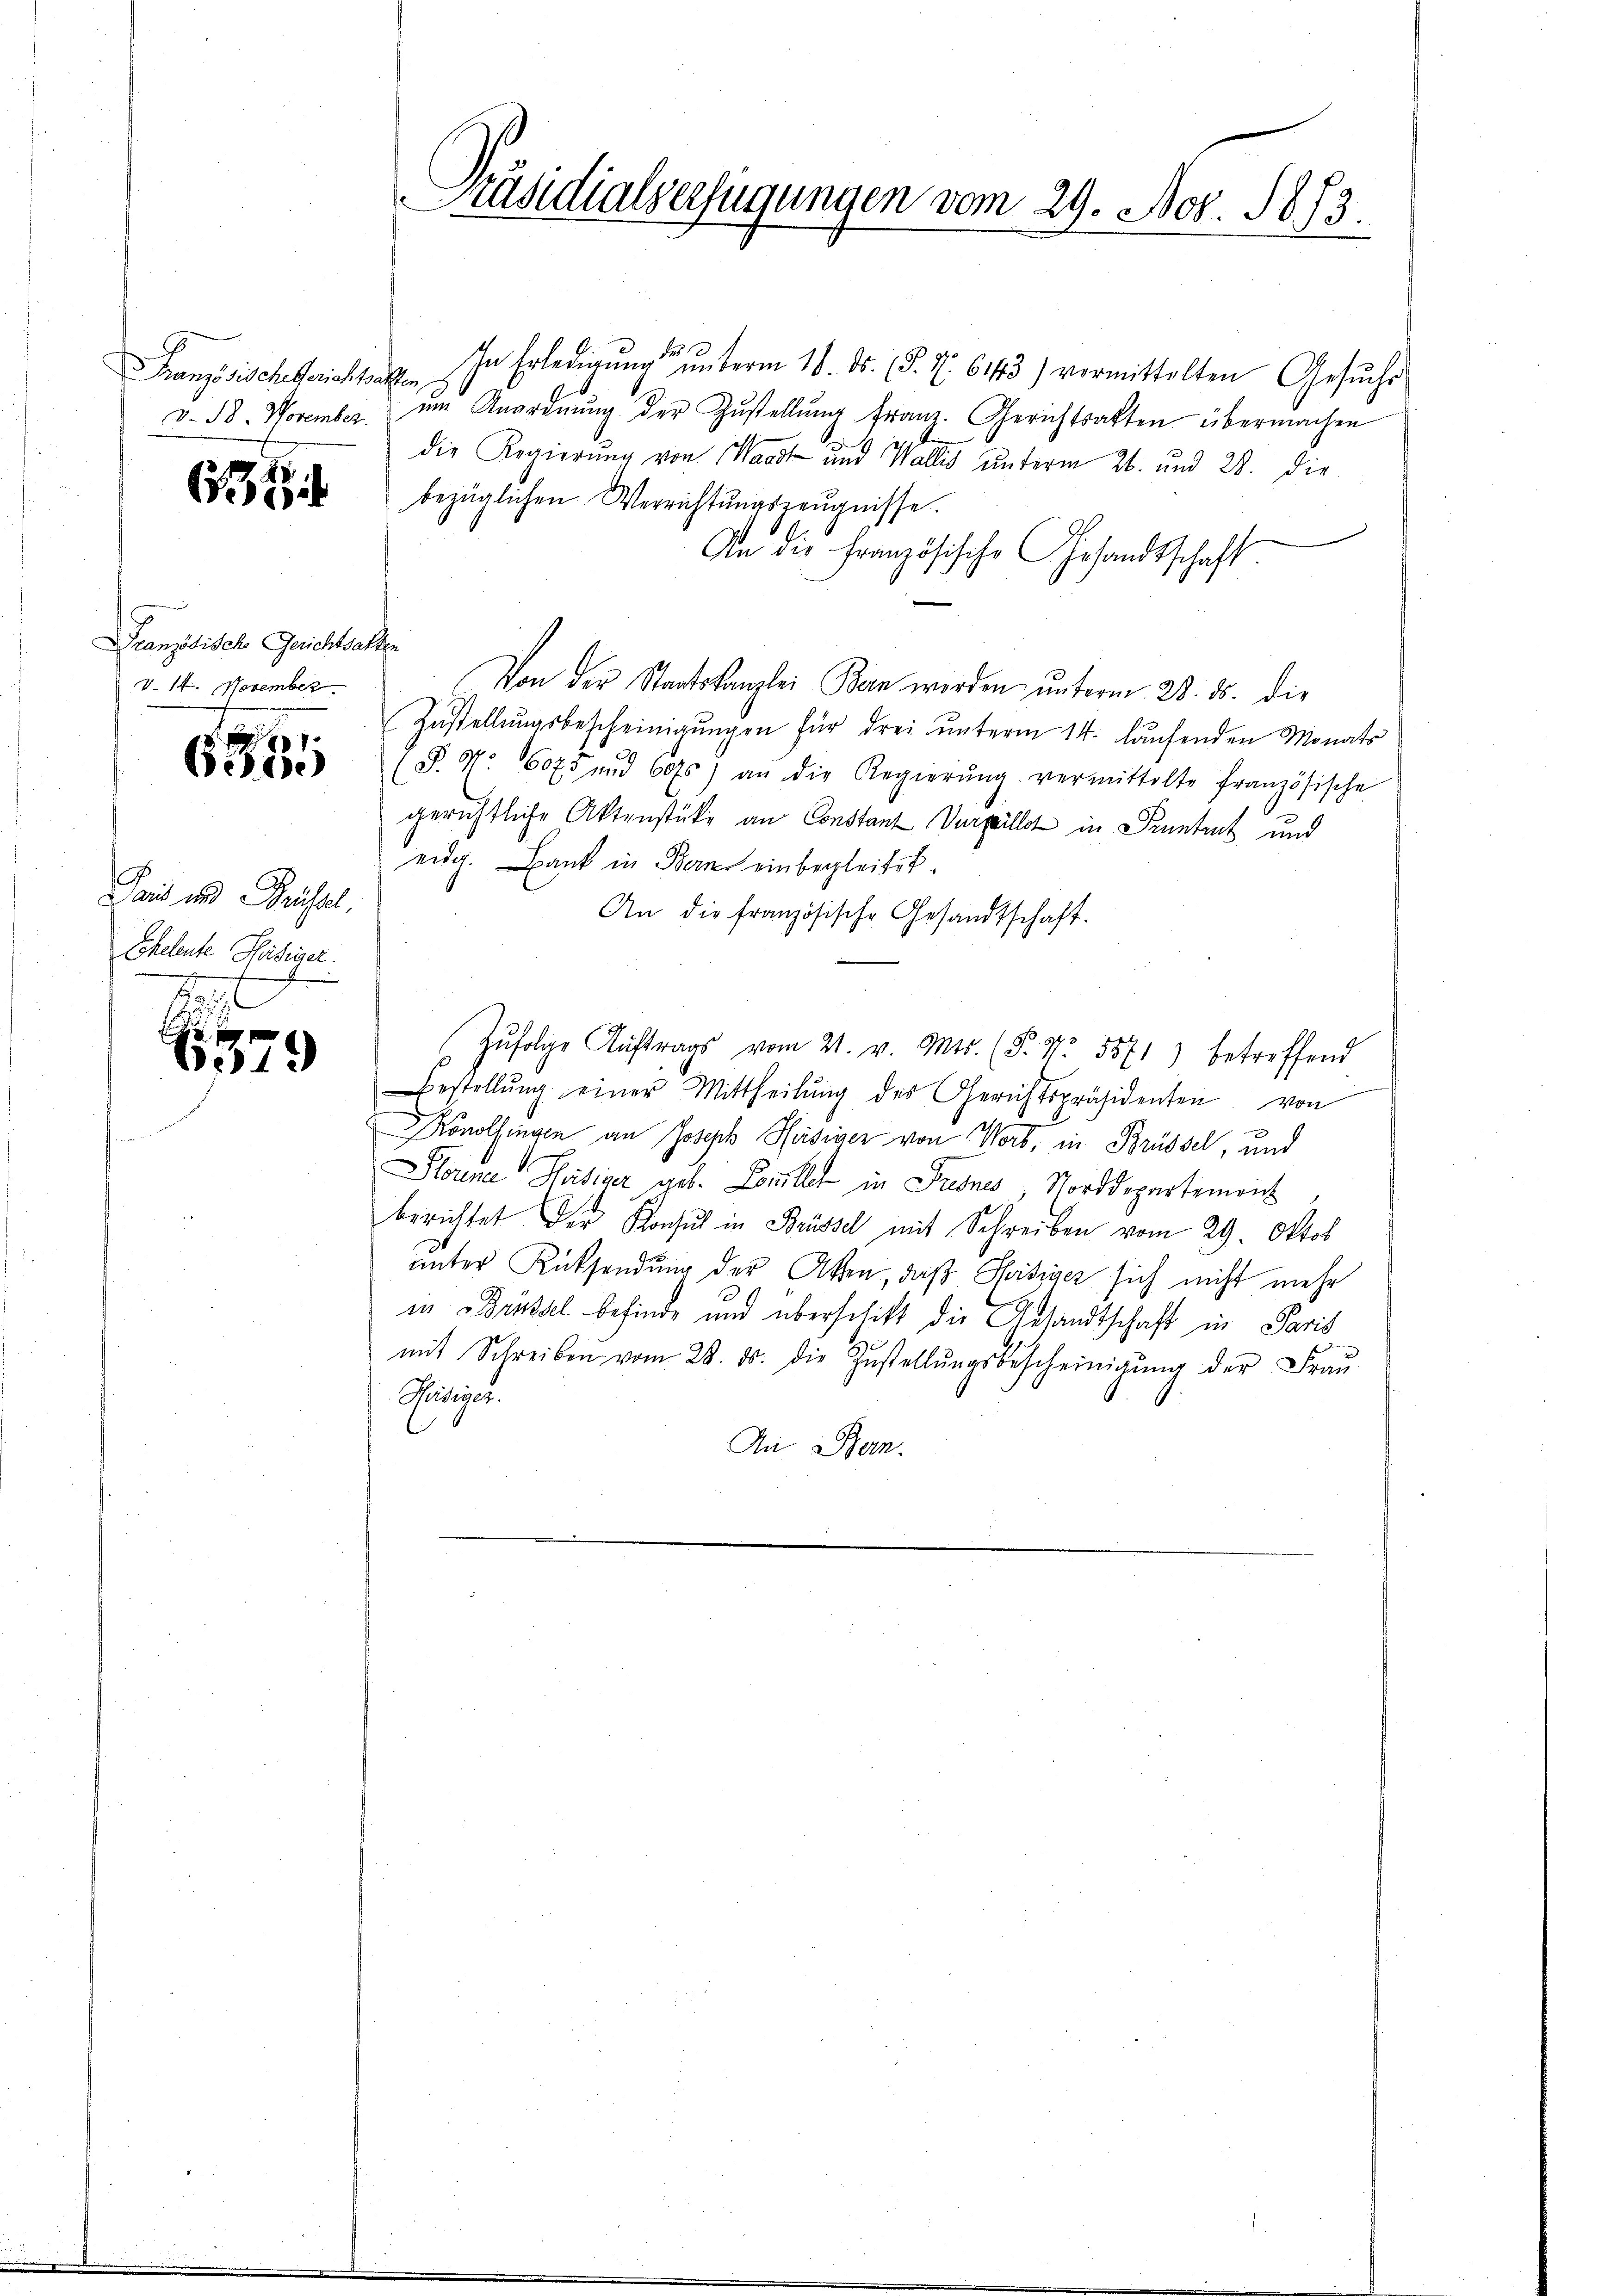
634

ranzösische Gerichtsakten
V. 14. November

6855

Pais und Grüssel,
Eheleute Häsiger.

b

Präsidialverfügungen vom 29. Nov. 1873.

Französischen Erledigung unterm 10. ds. (§. N. 6143) vormittelten Gesuchs
v. B. November im Anordnŭng der Zŭstellŭng franz. Gerichtsakten übermachen
die Regierung von Waadt und Wallis unterm 26. und 28. Die
bezüglichen Verrichtungszeugnisse.
An die französische Gesandtschaft
Von der Staatskanzlei Bern werden unterm 28. ds. die
Zustellungsbescheinigŭngen für drei unterm 14. laufenden Monats
(§ 97. 1075 und 60 f.) an die Regierŭng vermittelte französische
gerichtliche Aktenstücke an Constanz Verpillet in Sentent und
eidg. Bank in Bern einbegleitet.
An die französische Gesandtschaft.
Zŭfolge Aŭftrags vom 21. v. Mts. (§. Nr. 5571) betreffend
Bestellŭng einer Mittheilŭng des Gerichtspräsidenten von
Konolfingen an Joseph Heisiger von Wort, in Brüssel, und
Storne Häsizer, geb. Louillet in Frenes, Norddepartement
berichtet der Konsul in Brüssel mit Schreiben vom 29. Oktob
unter Rücksendung der Akten, daß Soisiner sich nicht mehr
in Brüssel befinde und überschift die Ansandtschaft in Paris
mit Schreiben vom 28. ds. die Zustellŭngsbescheinigŭng der Frau
Peitiger.
An Bern.